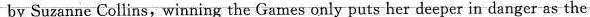
by Suzanne Collins,winning the Games only puts her deeper in danger as the